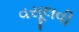
વસૂલવી